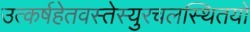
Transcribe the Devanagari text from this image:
उत्कर्षहेतवस्तेस्युरचलस्थितयो